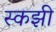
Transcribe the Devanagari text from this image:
स्कझी